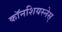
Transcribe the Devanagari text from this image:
काॅनशियस्नेस्